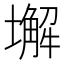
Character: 𱘆